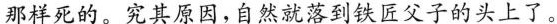
那样死的。究其原因，自然就落到铁匠父子的头上了。